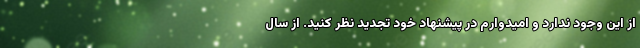
از این وجود ندارد و امیدوارم در پیشنهاد خود تجدید نظر کنید. از سال